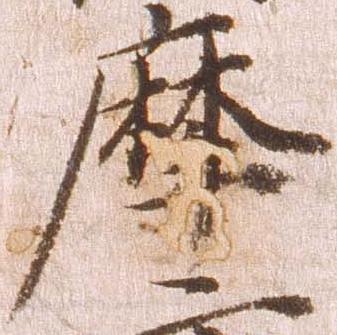
摩